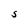
Character: S